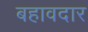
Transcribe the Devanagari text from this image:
बहावदार